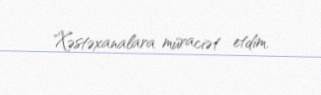
"Xəstəxanalara müraciət etdim.